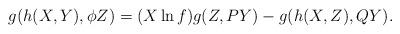
LaTeX: \begin{align*}g(h(X,Y),\phi Z)=(X\ln f)g(Z,PY)-g(h(X,Z),QY).\end{align*}